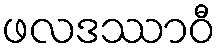
ဖလဒဿာဝီ